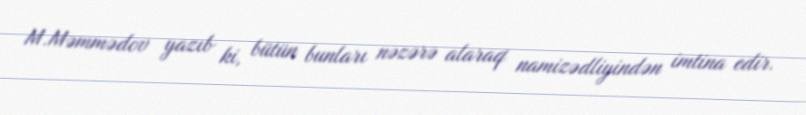
M.Məmmədov yazıb ki, bütün bunları nəzərə alaraq namizədliyindən imtina edir.